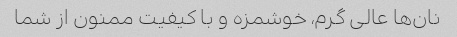
نان‌ها عالی گرم، خوشمزه و با کیفیت ممنون از شما